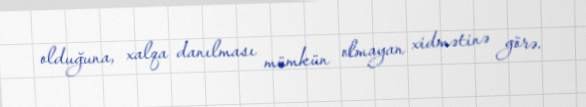
olduğuna, xalqa danılması mümkün olmayan xidmətinə görə.